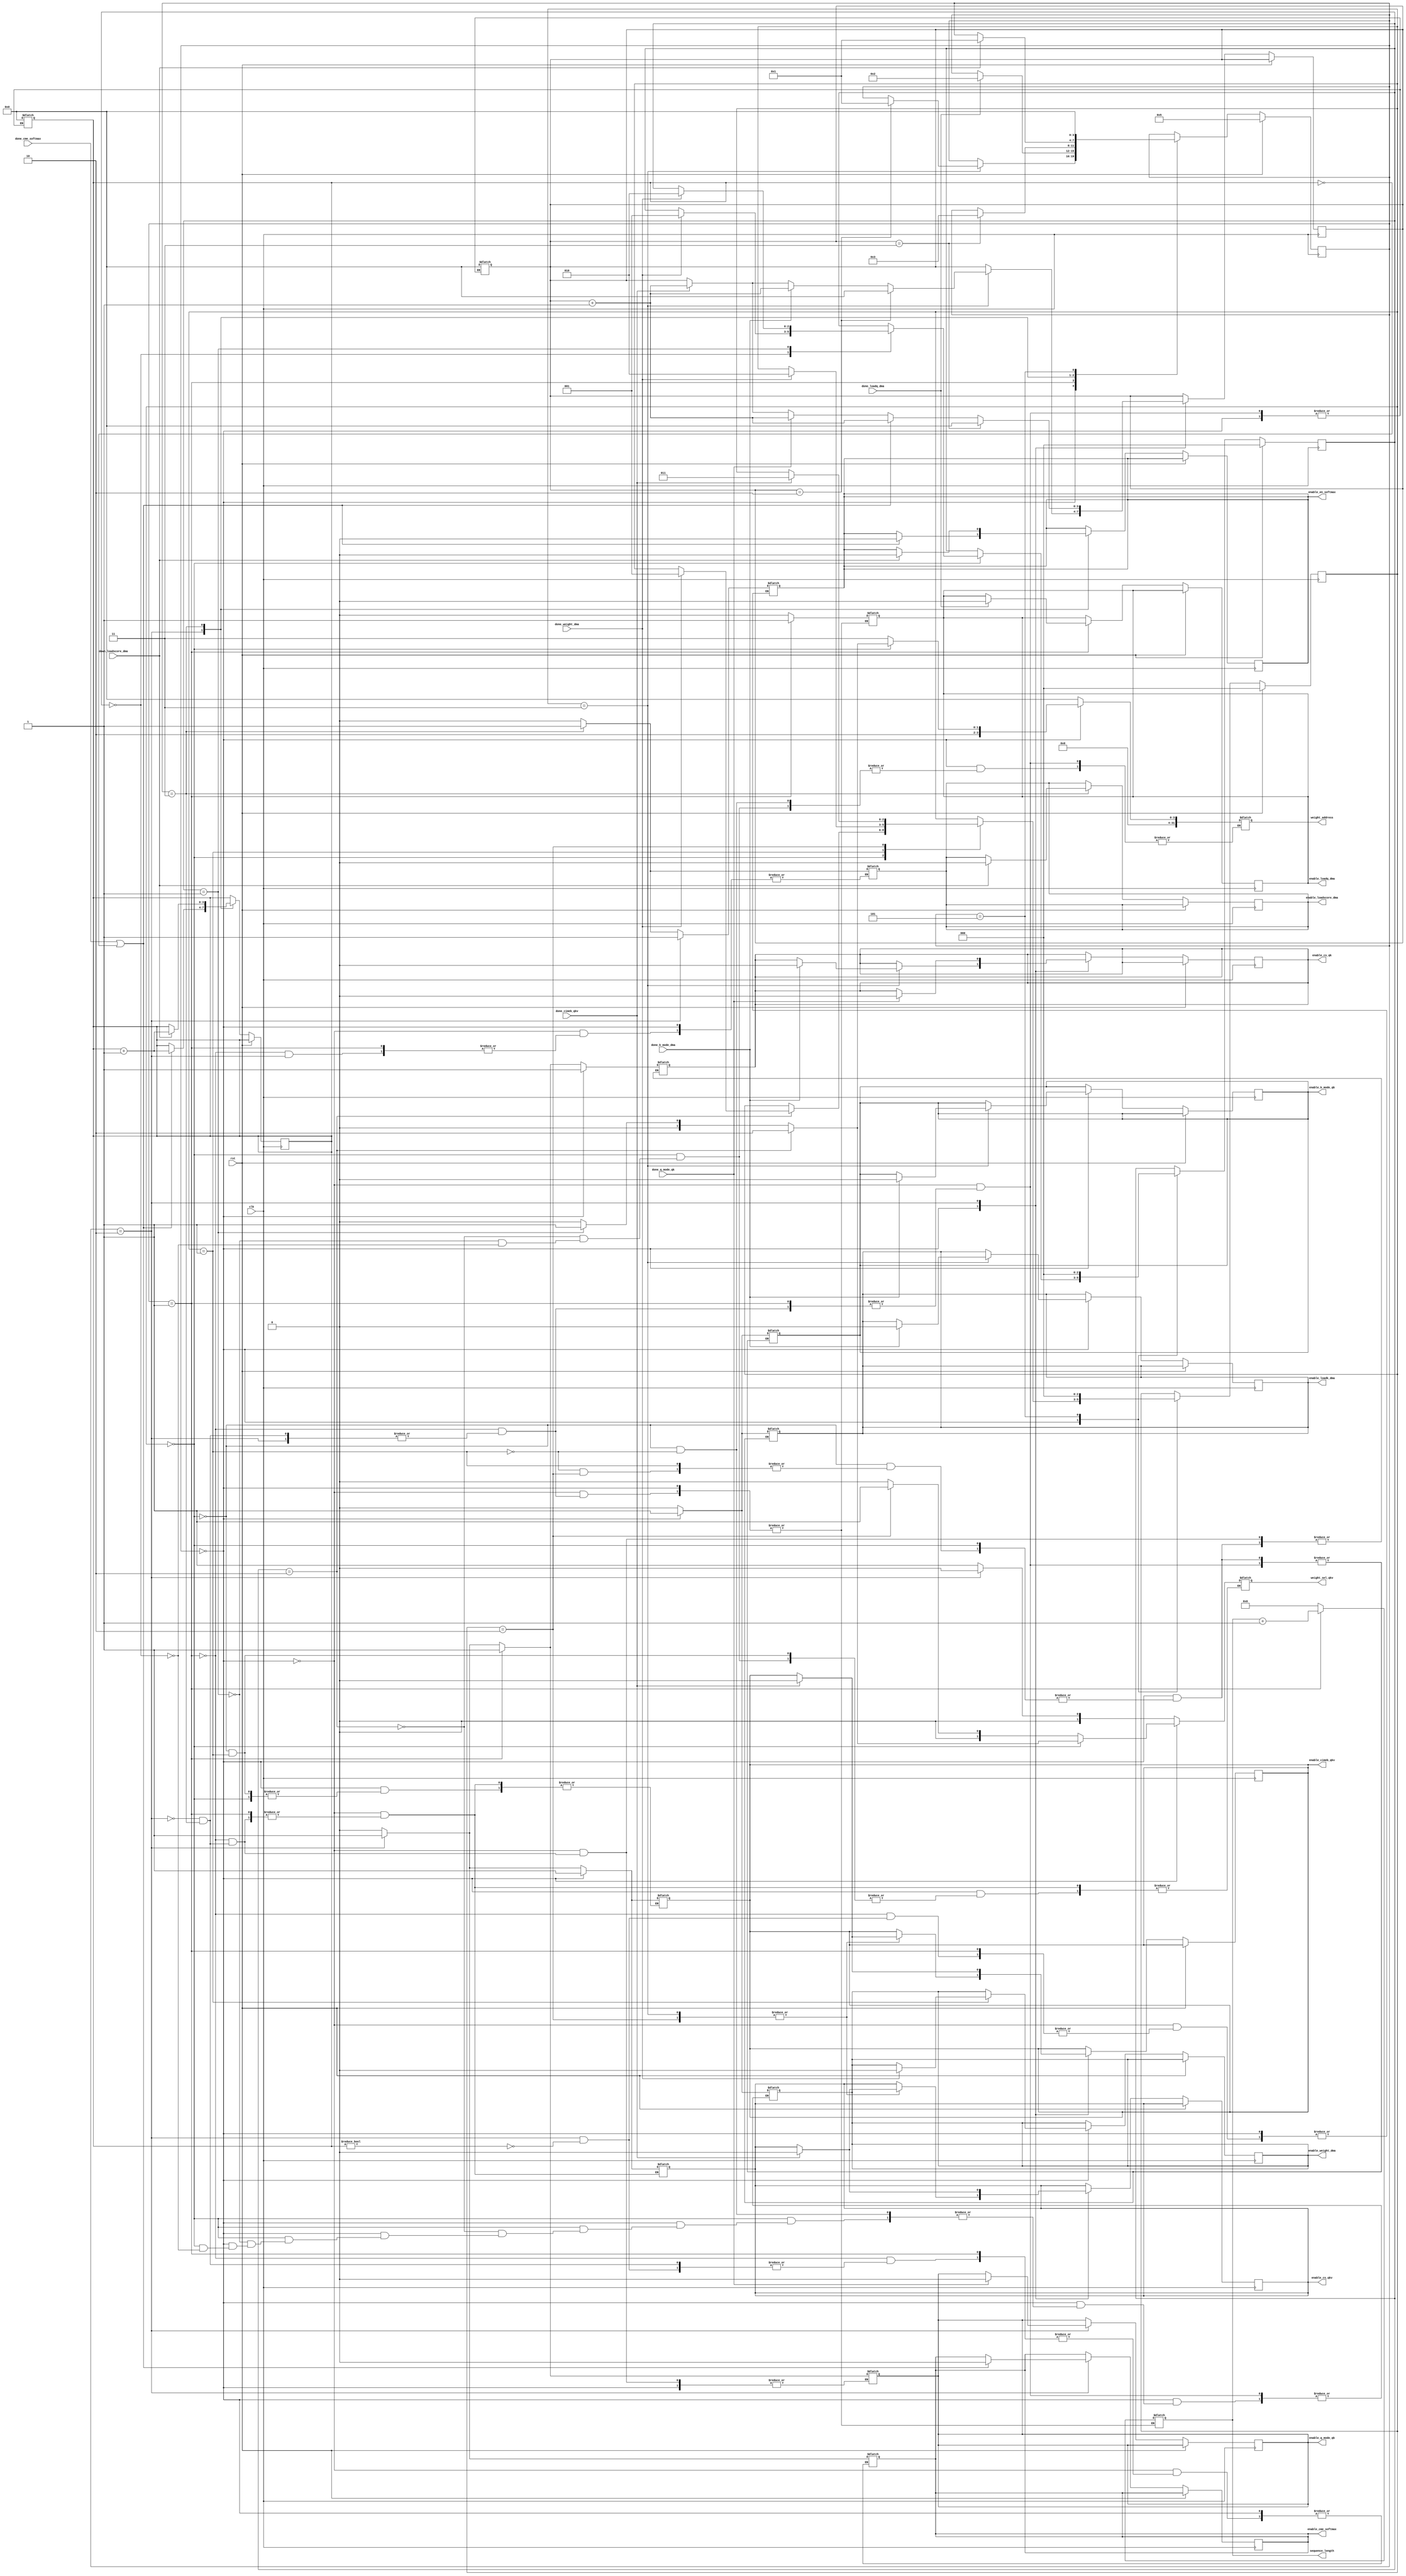
module top_controller(
    input clk,rst,done_cimeb_qkv,done_k_mode_dma,done_q_mode_qk,done_cme_softmax,done_weight_dma,done_loadq_dma,down_loadscore_dma,
    output reg enable_cs_qkv,enable_cimeb_qkv,enable_cs_qk,enable_k_mode_qk,enable_q_mode_qk,enable_en_softmax,enable_cme_softmax,enable_weight_dma,enable_loadk_dma,enable_loadq_dma,enable_loadscore_dma,
    output reg [31:0] sequence_length,
    output reg [1:0] weight_sel_qkv,
    output reg [31:0] weight_address
);
    reg [3:0] i;
    reg [3:0] epoch;
    // reg [31:0] epoch_num;
    reg [3:0] state;
    reg [2:0] init_state;
    reg [2:0] init_init_state;
    // reg [2:0] init_weight;

    parameter STAT_IDLE = 5,
              STAT_INIT_INITIAL1 = 0,
              STAT_INIT_INITIAL2 = 1,
              STAT_INIT_INITIAL3 = 2,
              STAT_INITIAL1 = 0,
              STAT_INITIAL2 = 1,
              STAT_INITIAL3 = 2,
              STAT_INITIAL4 = 3,
              STAT_R0 = 0,
              STAT_R1 = 1,
              STAT_R2 = 2,
              STAT_R3 = 3,
              STAT_R4 = 4,
              qweight_address=8,
              kweight_address=9,
              vweight_address=10,
              input_address=11,
              BUS_ADDR_WIDTH = 32,
              sequence_length_init=2048;
              


    always @(state,init_state,init_init_state) begin
        if (state==0) begin
            if (init_state==0) begin
                enable_cs_qkv<=1;
                if (init_init_state==0) begin
                    weight_address<=qweight_address;
                    weight_sel_qkv<=0;
                    enable_weight_dma=1;
                end
                if (init_init_state==1) begin
                    weight_address<=kweight_address;
                    weight_sel_qkv<=1;
                    enable_weight_dma=1;
                end
                if (init_init_state==2) begin
                    weight_address<=vweight_address;
                    weight_sel_qkv<=2;
                    enable_weight_dma=1;
                end
            end
            else
                if (init_state==1) begin
                    enable_cs_qkv<=1;
                    weight_address<=input_address;
                    enable_weight_dma <=1;
                end
                else
                    if (init_state==2) begin
                        enable_cs_qkv<=1;
                        weight_sel_qkv<=1;
                        enable_cimeb_qkv <=1;
                    end
                    else begin
                        enable_cs_qkv<=1;
                        weight_sel_qkv<=0;
                        enable_cimeb_qkv <=1;
                        enable_cs_qk<=1;
                        enable_k_mode_qk<=1;
                        enable_loadk_dma<=1;
                    end

        end
        else begin
            if (state==1) begin
                enable_cs_qk<=1;
                enable_q_mode_qk<=1;
                enable_loadq_dma<=1;
                sequence_length<=sequence_length+1;
            end
            else 
                if (state==2) begin
                    enable_cs_qk<=1;
                    enable_q_mode_qk<=1;
                    enable_cs_qkv<=1;
                    weight_sel_qkv<=0;
                    enable_cimeb_qkv <=1;
                    if (epoch!=0) begin
                        enable_en_softmax<=1;
                        enable_cme_softmax<=1;
                    end

                end
                else
                    if (state==3) begin
                        enable_en_softmax<=1;
                        enable_loadscore_dma<=1;
                    end
                    else begin 
                            sequence_length<=0;
                            enable_cs_qkv<=0;
                            enable_cimeb_qkv<=0;
                            enable_cs_qk<=0;
                            enable_k_mode_qk<=0;
                            enable_q_mode_qk<=0;
                            enable_en_softmax<=0;
                            enable_cme_softmax<=0;
                            enable_weight_dma<=0;
                            enable_loadk_dma<=0;
                            enable_loadq_dma<=0;
                            enable_loadscore_dma<=0;
                            i<=0;
                            epoch<=0;
                            weight_sel_qkv<=1;
                            weight_address<=0;
                    end
        end
    end

    always @(posedge clk) begin
        if (rst==1) begin
            state <= STAT_IDLE;
            init_state<=0;
            init_init_state<=0;
        end
        else 
            case (state)
                STAT_R0: begin
                    case (init_state)
                        STAT_INITIAL1: begin
                            case (init_init_state)
                                STAT_INIT_INITIAL1: begin
                                    if (done_weight_dma==1) begin
                                        // enable_weight_dma <=0;
                                        init_init_state<=STAT_INIT_INITIAL2;
                                    end
                                end
                                STAT_INIT_INITIAL2: begin
                                    if (done_weight_dma==1) begin
                                        // enable_weight_dma <=0;
                                        init_init_state<=STAT_INIT_INITIAL3;
                                    end
                                end
                                STAT_INIT_INITIAL3: begin
                                    if (done_weight_dma==1) begin
                                        // enable_weight_dma <=0;
                                        init_state<=STAT_INITIAL2;
                                    end
                                end
                            endcase
                        end
                        STAT_INITIAL2: begin
                            if (done_weight_dma==1) begin
                                enable_weight_dma <=0;
                                init_state<=STAT_INITIAL3;
                            end
                        end
                        STAT_INITIAL3: begin
                            if (done_cimeb_qkv==1) begin
                                enable_cs_qkv<=0;
                                // weight_sel_qkv<=0;
                                enable_cimeb_qkv <=0;
                                init_state<=STAT_INITIAL4;
                            end
                        end
                        STAT_INITIAL4: begin
                            if (done_cimeb_qkv==1) begin
                                enable_cs_qkv<=0;
                                enable_cimeb_qkv <=0;
                                i<=i+1;
                            end
                            if (done_k_mode_dma==1) begin
                                enable_cs_qk<=0;
                                enable_k_mode_qk<=0;
                                enable_loadk_dma<=0;
                                i<=i+1;
                            end
                            if (i==2) begin
                                i<=0;
                                state<=STAT_R1;
                            end
                        end
                    endcase
                end
                STAT_R1: begin
                    if (done_loadq_dma==1) begin
                        enable_loadq_dma<=0;
                        state<=STAT_R2;
                    end
                end
                STAT_R2: begin
                    if (done_cimeb_qkv==1) begin
                        enable_cs_qkv<=0;
                        enable_cimeb_qkv <=0;
                        i<=i+1;
                    end
                    if (done_q_mode_qk==1) begin
                        enable_cs_qk<=0;
                        enable_q_mode_qk<=0;
                        i<=i+1;
                    end
                    if (done_cme_softmax==1 || epoch==0) begin
                        enable_en_softmax<=0;
                        enable_cme_softmax<=0;
                        i<=i+1;
                        epoch<=epoch+1;
                    end
                    if (i==3) begin
                        i<=0;
                        state<=STAT_R3;
                    end 
                end
                STAT_R3: begin
                    if (down_loadscore_dma==1) begin
                        enable_en_softmax<=0;
                        enable_loadscore_dma<=0;
                        state<=STAT_R1;
                        epoch<=epoch+1;
                    end
                end
                STAT_IDLE: begin
                    state<=0;
                    init_state<=0;
                    init_init_state<=0;
                end
            endcase
    end
endmodule